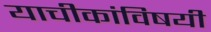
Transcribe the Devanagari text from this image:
याचीकांविषयी